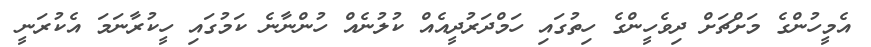
އެމީހުންގެ މަށްޗަށް ދިވެހީންގެ ހިތުގައި ހަމްދަރުދީއެއް ކުލުނެއް ހުންނާނެ ކަމުގައި ހީކުރާނަމަ އެކުރަނީ